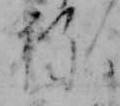
ね